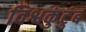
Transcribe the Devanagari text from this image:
विश्वकुंटुंब